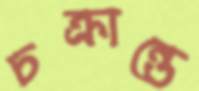
চক্রান্তে